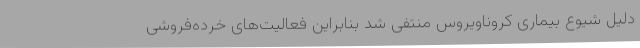
دلیل شیوع بیماری کروناویروس منتفی شد بنابراین فعالیت‌های خرده‌فروشی